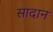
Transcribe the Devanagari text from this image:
सादान